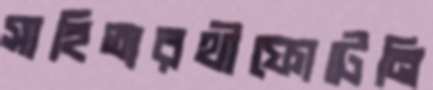
সাহিত্যরথীফোটেনি